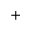
^ +